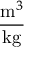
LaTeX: \frac { { \mathrm { m } } ^ { 3 } } { \mathrm { k g } }